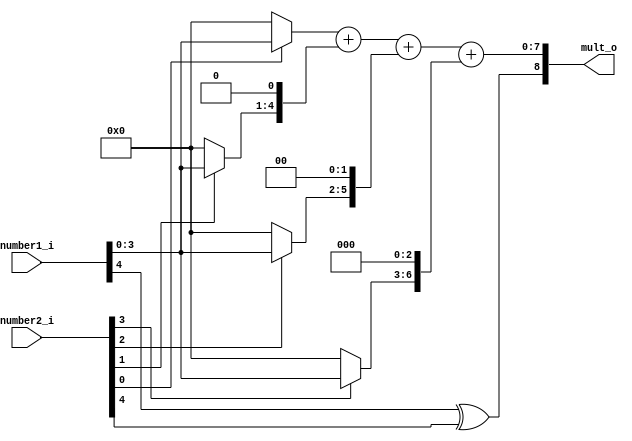
// This program was cloned from: https://github.com/mbaykenar/digital-logic-design
// License: Apache License 2.0

`timescale 1ns / 1ps
//////////////////////////////////////////////////////////////////////////////////
// Company: 
// Engineer: 
// 
// Design Name: 
// Module Name: soru1
// Project Name: 
// Target Devices: 
// Tool Versions: 
// Description: 
// 
// Dependencies: 
// 
// Revision:
// Revision 0.01 - File Created
// Additional Comments:
// 
//////////////////////////////////////////////////////////////////////////////////

module soru1 
(
input [4:0] number1_i,
input [4:0] number2_i,
output reg [8:0] mult_o
);

reg [7:0] num1, num2, num3, num4;

//        - - - -
//        - - - -
//        ________
//        - - - -
//      - - - - 0
//    - - - - 0 0
//  - - - - 0 0 0
// _______________

always@(*) begin
    mult_o[8] = number1_i[4] ^ number2_i[4]; 
end

always @(*) begin

    num1 = 0;
    num2 = 0;
    num3 = 0;
    num4 = 0;

    if (number2_i[0] == 1'b1) begin
        num1[3:0] = number1_i[3:0];
    end
    if (number2_i[1] == 1'b1) begin
        num2[4:1] = number1_i[3:0];
    end
    if (number2_i[2] == 1'b1) begin
        num3[5:2] = number1_i[3:0];
    end
    if (number2_i[3] == 1'b1) begin
        num4[6:3] = number1_i[3:0];
    end

    mult_o[7:0] = num1 + num2 + num3 + num4;

end

endmodule